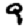
Digit: 9